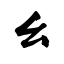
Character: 幺